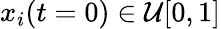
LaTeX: x_{i}(t=0)\in\mathcal{U}[0,1]